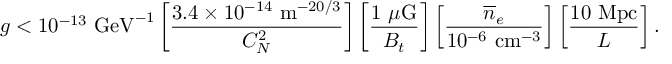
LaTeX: g < 1 0 ^ { - 1 3 } \ \mathrm { G e V } ^ { - 1 } \left[ { \frac { 3 . 4 \times 1 0 ^ { - 1 4 } \ \mathrm { m } ^ { - 2 0 / 3 } } { C _ { N } ^ { 2 } } } \right] \left[ { \frac { 1 \ \mu \mathrm { G } } { B _ { t } } } \right] \left[ { \frac { \overline { { n } } _ { e } } { 1 0 ^ { - 6 } \ \mathrm { c m } ^ { - 3 } } } \right] \left[ { \frac { 1 0 \ \mathrm { M p c } } { L } } \right] .